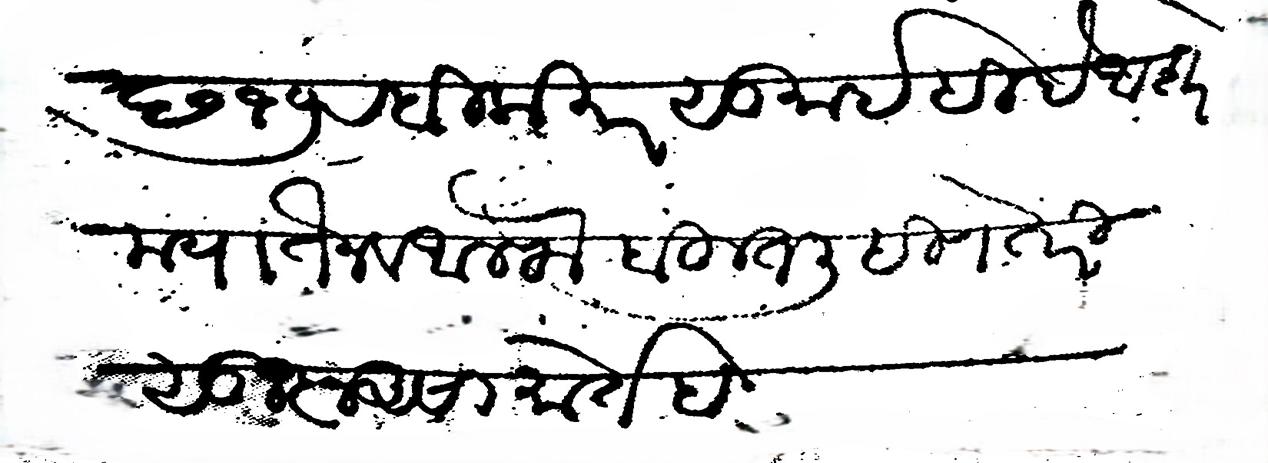
Transliteration (Devanagari): छ १७ रबिलाखर सु इहिदे अशर मयातेन व अलफ बहुत लिहिणे तरी सूज्ञ असा मोर्तब